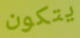
يتكون